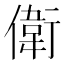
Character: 𬿭